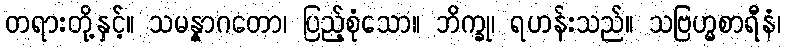
တရားတို့နှင့်။ သမန္နာဂတော၊ ပြည့်စုံသော။ ဘိက္ခု၊ ရဟန်းသည်။ သဗြဟ္မစာရီနံ၊